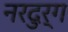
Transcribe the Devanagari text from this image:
नरदुर्ग